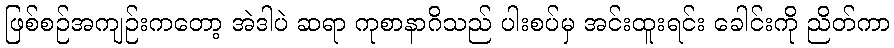
ဖြစ်စဉ်အကျဉ်းကတော့ အဲဒါပဲ ဆရာ ကုစာနာဂိသည် ပါးစပ်မှ အင်းထူးရင်း ခေါင်းကို ညိတ်ကာ